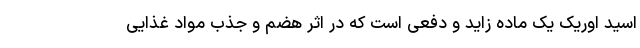
اسید اوریک یک ماده زاید و دفعی است که در اثر هضم و جذب مواد غذایی